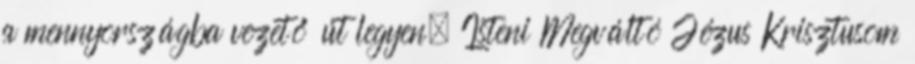
a mennyországba vezető út legyen. Isteni Megváltó Jézus Krisztusom